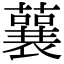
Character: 𧁁